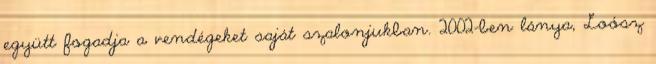
együtt fogadja a vendégeket saját szalonjukban. 2002-ben lánya, Loósz